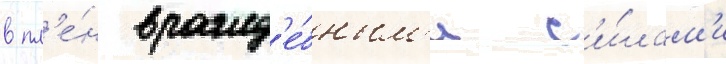
в пл'е́н вражд'е́бным'и с'и́лам'и